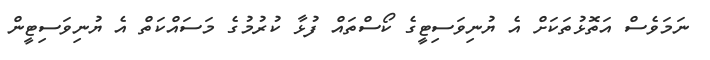
ނަމަވެސް އަތޮޅުތަކަށް އެ ޔުނިވަސިޓީގެ ކޯސްތައް ފުޅާ ކުރުމުގެ މަަސައްކަތް އެ ޔުނިވަސިޓީން